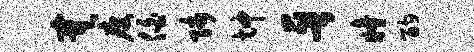
寞瘦伯师坤晋瞳酌